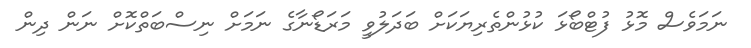
ނަމަވެސް މޮޅު ފުޓްބޯޅަ ކުޅުންތެރިޔަކަށް ބަދަލުވީ މަރަޑޯނާގެ ނަމަށް ނިސްބަތްކޮށް ނަން ދިން